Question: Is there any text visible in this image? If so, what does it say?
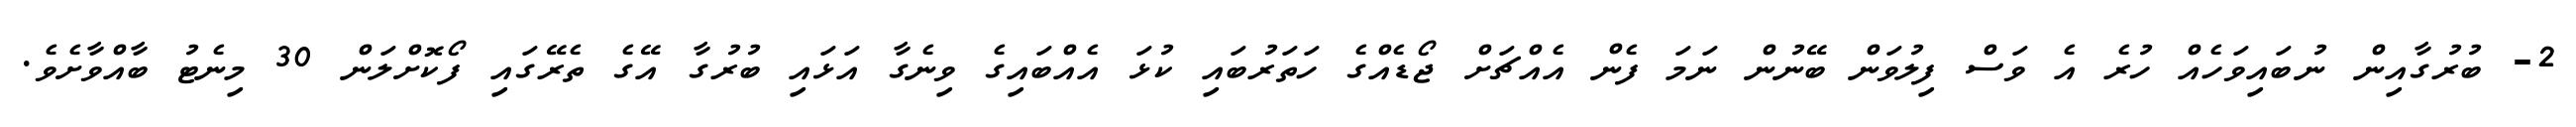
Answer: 2- ބުރުގާއިން ނުބައިވަހެއް ހުރެ އެ ވަސް ފިލުވަން ބޭނުން ނަމަ ފެން އެއްޗަށް ޖޯޑެއްގެ ހަތަރުބައި ކުޅަ އެއްބައިގެ ވިނެގާ އަޅައި ބުރުގާ އޭގެ ތެރޭގައި ފޯކޮށްލަން 30 މިނެޓު ބާއްވާށެވެ.